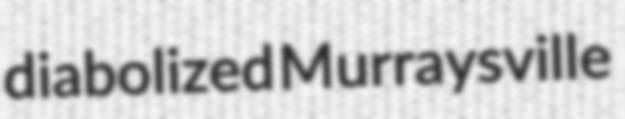
diabolized Murraysville